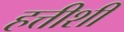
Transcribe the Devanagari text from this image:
हत्तीशी